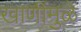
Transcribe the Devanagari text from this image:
खाणींमुळे